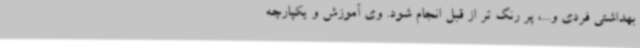
بهداشتی فردی و...، پر رنگ تر از قبل انجام شود. وی آموزش و یکپارچه